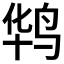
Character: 𪉊